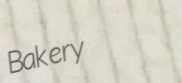
Bakery